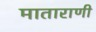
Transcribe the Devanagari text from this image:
माताराणी